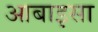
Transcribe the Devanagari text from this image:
आबाइसा